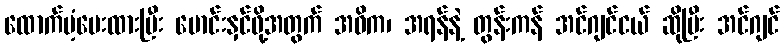
ထောက်ပံ့ပေးထားပြီး မောင်းနှင်ဖို့အတွက် အဓိက၊ အရန်နဲ့ တွန်းကန် အင်ဂျင်ငယ် ဆိုပြီး အင်ဂျင်